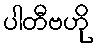
ပါတီဗဟို